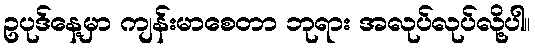
ဥပုဒ်နေ့မှာ ကျန်းမာစေတာ ဘုရား အလုပ်လုပ်လို့ပါ။